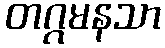
တဂ္ဂမနသာ